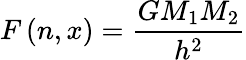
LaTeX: F\left(n,x\right)=\displaystyle\frac{GM_{1}M_{2}}{h^{2}}